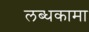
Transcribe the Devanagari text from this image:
लब्धकामा